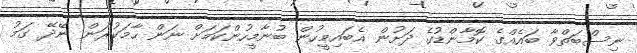
ނިސްބަތްވާ ބައެއްގެ ކޮމާންޑުގެ ދަށުން އެބައިމީހުން ބުނާމީހުންކަމަށް ނަން ހާމަކުރަން ނޭދޭ ގަމު